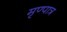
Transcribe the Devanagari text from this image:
मृण्पात्र